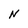
Character: N